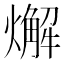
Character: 𤐃